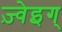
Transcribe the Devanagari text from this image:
ज़्वेइग्